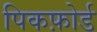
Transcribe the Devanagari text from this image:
पिकफ़ोर्ड